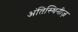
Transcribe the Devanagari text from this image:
अंतिस्थिनीज़